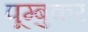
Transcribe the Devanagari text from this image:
पूम्बुकर